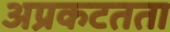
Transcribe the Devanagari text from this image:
अप्रकटतता